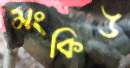
মংকিউ